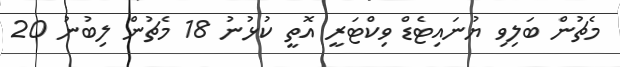
މެޗުން ބަލިވި ޔުނައިޓެޑް ވިކްޓަރީ އޮތީ ކުޅުނު 18 މެޗުން ލިބުނު 20